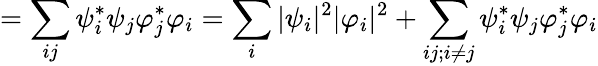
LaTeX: =\sum_{ij}\psi_{i}^{*}\psi_{j}\varphi_{j}^{*}\varphi_{i}=\sum_{i}|\psi_{i}|^{2}|\varphi_{i}|^{2}+\sum_{ij;i\neq j}\psi_{i}^{*}\psi_{j}\varphi_{j}^{*}\varphi_{i}